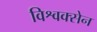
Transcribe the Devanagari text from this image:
विश्वक्सेन